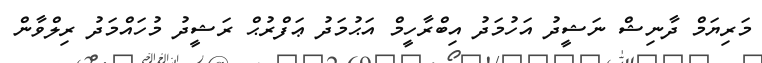
މަރިޔަމް ދާނިޝް ނަޝީދު އަހުމަދު އިބްރާހީމް އަޙުމަދު ޢަފްރުޙް ރަޝީދު މުހައްމަދު ރިލްވާން